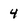
Character: 4